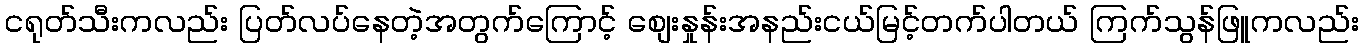
ငရုတ်သီးကလည်း ပြတ်လပ်နေတဲ့အတွက်ကြောင့် စျေးနှုန်းအနည်းငယ်မြင့်တက်ပါတယ် ကြက်သွန်ဖြူကလည်း